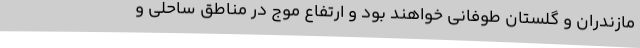
مازندران و گلستان طوفانی خواهند بود و ارتفاع موج در مناطق ساحلی و